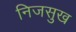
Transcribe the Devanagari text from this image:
निजसुख